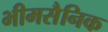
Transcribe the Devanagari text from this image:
भीमसैनिक